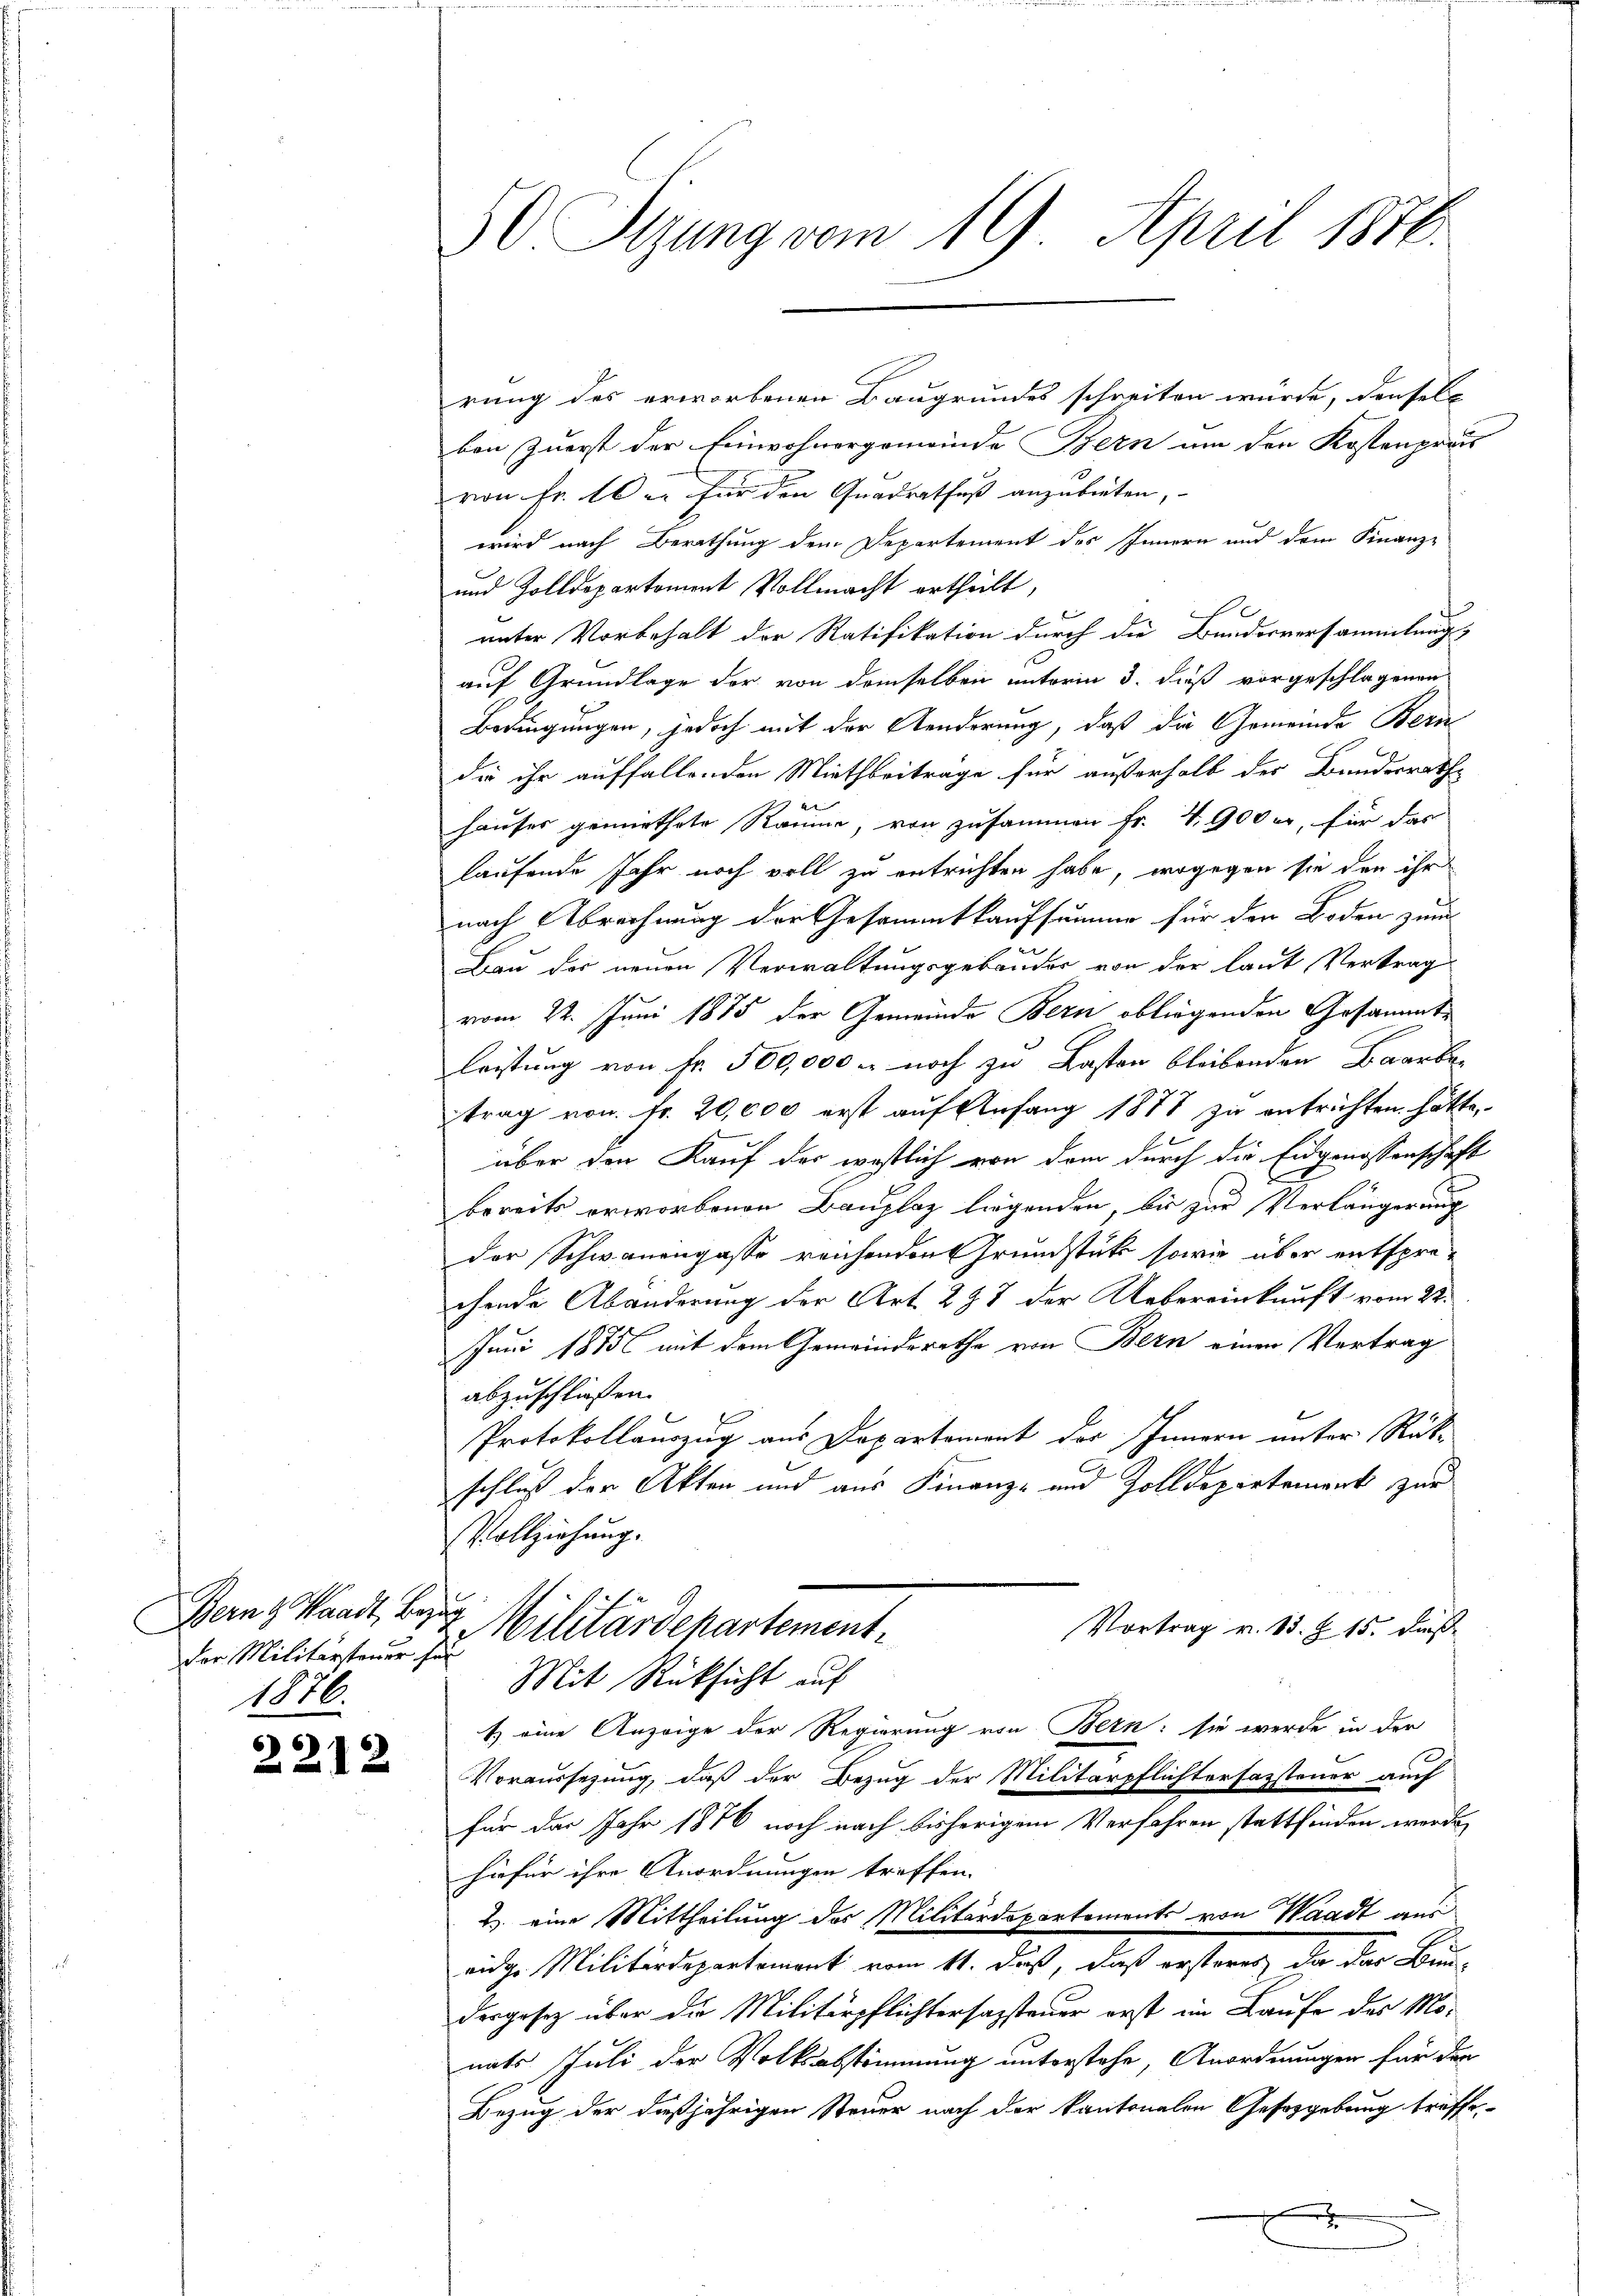
Bern Waadt, Bezug
der Militärsteuer für
1876.

6

2212

50 Sizung vom 19. April 1876.

rung des erworbenen Baugrundes schreiten wurde, denselb
bon zuerst der Einwohnergemeinde Bern um den Kostenprau
von Fr. 16 u. für den Quadratfuß anzubieten,
wird nach Berathung dem Departement des Innern und dem Finanz-
und Zolldepartement Vollmacht ertheilt,
e
unter Vorbehalt der Ratifikation durch die Bundesversammlung,
auf Grundlage der von demselben unterm 3. dieß vorgeschlagenen
Bedingungen, jedoch mit der Aenderung, daß die Gemeinde Bern
die ihr auffallenden Miethbeitrage für außerhalb der Bundesrathe
4
hauser gemiethete Räume, von zusammen Fr. 4. 900 er, für das
laufende Jahr noch voll zu entrichten habe, wogegen sie den ihr
nach Abrechnung der Gesammtkaufsumme für den Boden zum
Bau der neuen Verwaltungsgebäuder von der laut Vertrag
vom 22. Juni 1875 der Gemeinde Bern obliegenden Gesammtleistung von Fr. 500,000 - noch zu Lasten bleibenden Baarben
trag von fr. 20,000 erst auf Anfang 1877 zu entrichten hätte,
über den Kauf der westlich von dem durch die Eidgenossenschaft
bereits erworbenen Bauplaz liegenden, bis zur Verlängerung
der Schwanengasse reichenden Grundstutz sowie über entsprechende Abänderung der Art. 237 der Uebereinkunft vom 22.
Juni 1875 mit dem Gemeindsrathe von Bern einen Vertrag
abzuschliessen.
Protokollauszug aus Departement des Innern unter Rükschluß der Akten und aus Finanz- und Zolldepartement zur
Vollziehung.
Vortrag v. 13. Z. 15. daß
Militärdepartement¬
Mit Rücksicht auf
t) eine Anzeige der Regierung von Bern: sie werde in der
Voraussezung, daß der Bezug der Militärpflichterfassteuer auch
für das Jahr 1876 noch nach bisherigem Verfahren stattfinden werde
hiefür ihre Anordnungen treffen.
2. eine Mittheilung der Militärdepartements von Waadt aus
eidge Militärdepartement vom 11. daß, daß ersteres da der Bun-
dergesetz über die Militärpflichtersagsteuer erst im Laufe des Momats Juli der Volksabstimmung unterstehe, Anordnungen für den
Bezug der dießjährigen Steuer nach der kantonalen Gesetzgebung treffe,
x